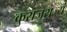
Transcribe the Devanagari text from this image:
कुराजराज्यं